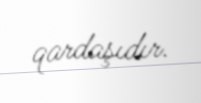
qardaşıdır.